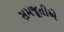
સમજૂતીએ